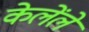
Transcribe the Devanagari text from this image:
केलेंले